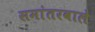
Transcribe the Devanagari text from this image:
समांतरवाले